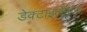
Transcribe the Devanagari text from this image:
डेक्टाइलेफेरा